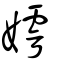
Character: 嫮